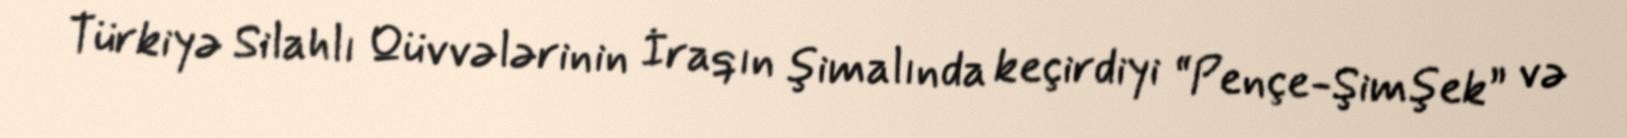
Türkiyə Silahlı Qüvvələrinin İraqın şimalında keçirdiyi “Pençe-Şimşek” və